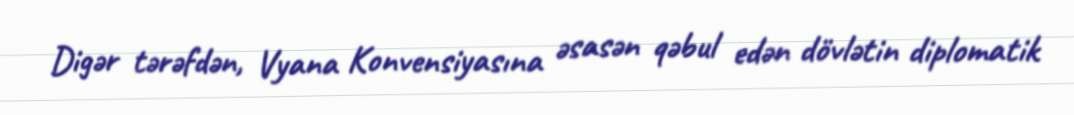
Digər tərəfdən, Vyana Konvensiyasına əsasən qəbul edən dövlətin diplomatik